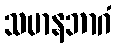
သမာနဘာဂံ